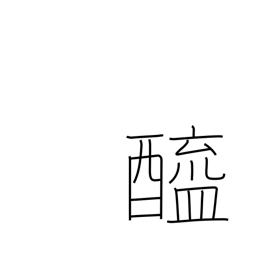
Meaning: vinegar